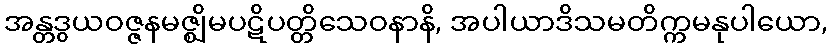
အန္တဒွယဝဇ္ဇနမဇ္ဈိမပဋိပတ္တိသေဝနာနိ, အပါယာဒိသမတိက္ကမနုပါယော,